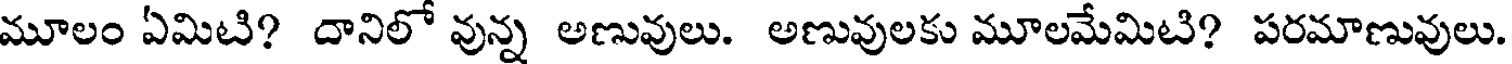
మూలం ఏమిటి? దానిలో వున్న అణువులు. అణువులకు మూలమేమిటి? పరమాణువులు.